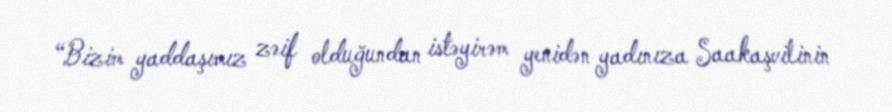
“Bizim yaddaşımız zəif olduğundan istəyirəm yenidən yadınıza Saakaşvilinin